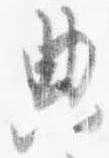
典